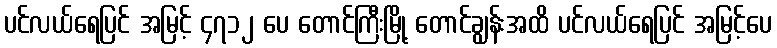
ပင်လယ်ရေပြင် အမြင့် ၄၇၁၂ ပေ တောင်ကြီးမြို့ တောင်ချွန်းအထိ ပင်လယ်ရေပြင် အမြင့်ပေ